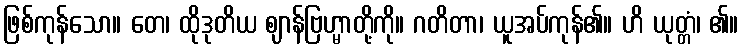
ဖြစ်ကုန်သော။ တေ၊ ထိုဒုတိယ ဈာန်ဗြဟ္မာတို့ကို။ ဂတိတာ၊ ယူအပ်ကုန်၏။ ဟိ ယုတ္တံ၊ ၏။